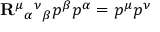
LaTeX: { \bf R } ^ { \mu } { } _ { \alpha } { } ^ { \nu } { } _ { \beta } p ^ { \beta } p ^ { \alpha } = p ^ { \mu } p ^ { \nu }